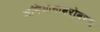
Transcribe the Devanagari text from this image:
अभियानाबरोबरच